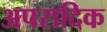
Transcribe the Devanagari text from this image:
अपरादिक